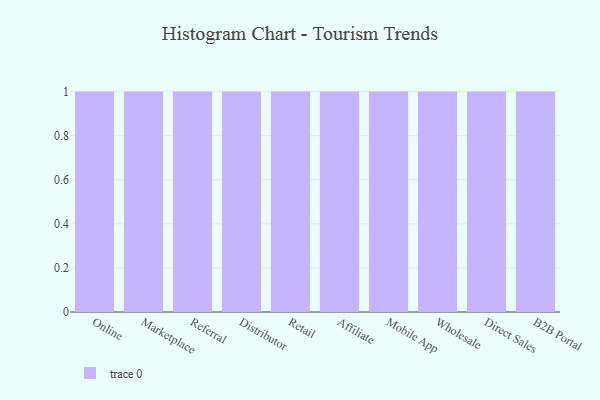
{"axis": {"x": "Channel", "y": "Energy Usage (MWh)"}, "legend": [""], "data": [{"x": "Online", "y": 56, "type": ""}, {"x": "Marketplace", "y": 35, "type": ""}, {"x": "Referral", "y": 44, "type": ""}, {"x": "Distributor", "y": 83, "type": ""}, {"x": "Retail", "y": 84, "type": ""}, {"x": "Affiliate", "y": 98, "type": ""}, {"x": "Mobile App", "y": 60, "type": ""}, {"x": "Wholesale", "y": 29, "type": ""}, {"x": "Direct Sales", "y": 80, "type": ""}, {"x": "B2B Portal", "y": 62, "type": ""}]}